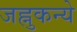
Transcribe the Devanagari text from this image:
जह्नुकन्ये